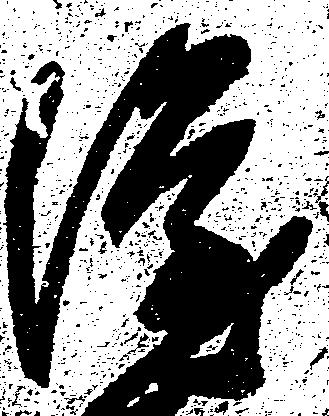
隆